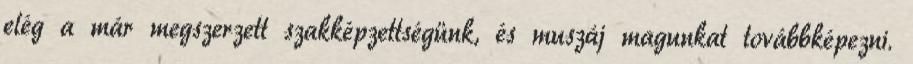
elég a már megszerzett szakképzettségünk, és muszáj magunkat továbbképezni.